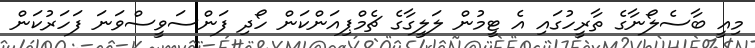
މިއީ ބާސެލޯނާގެ ތާރީހުގައި އެ ޓީމުން ލަލީގާގެ ޗެމްޕިއަންކަން ހޯދި ފަންސަވީސްވަނަ ފަހަރުކަން